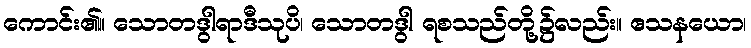
ကောင်း၏။ သောတဒွါရာဒီသုပိ၊ သောတဒွါ ရစသည်တို့၌လည်း။ ဧသနယော၊